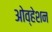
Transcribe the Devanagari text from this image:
ओव्हेशन